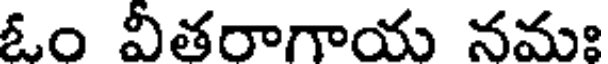
ఓం వీతరాగాయ నమః